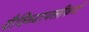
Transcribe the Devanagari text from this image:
वैविध्यापलीकडे